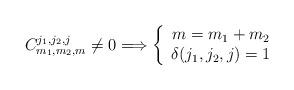
LaTeX: \begin{align*}C_{m_{1},m_{2},m}^{j_{1},j_{2},j}\neq0\Longrightarrow\left\{\begin{array}[c]{c}m=m_{1}+m_{2}\\\delta(j_{1},j_{2},j)=1\end{array}\right. \end{align*}